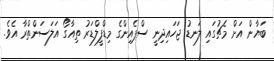
ބަޔާން އަށް މެޗުގައި ލަނޑު ޖަހައިދިނީ ސްޕެއިންގެ މިޑްފީލްޑަރު ތިއާގޯ އަލަސަންތްރާ އެވެ.